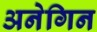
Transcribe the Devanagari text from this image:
अनेगिन